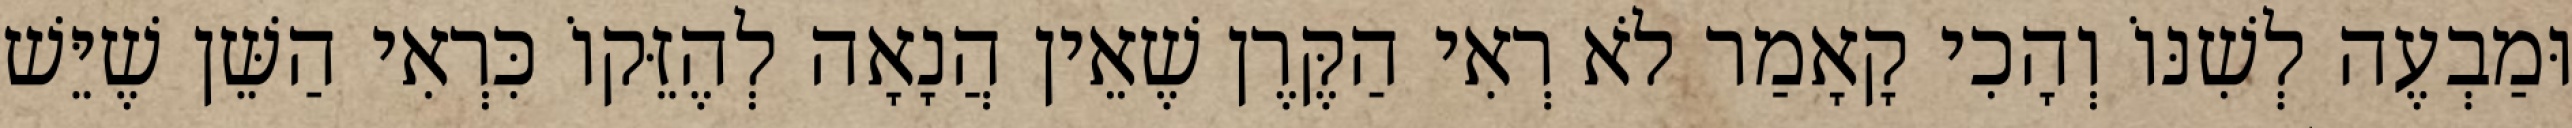
וּמַבְעֶה לְשִׁנּוֹ וְהָכִי קָאָמַר לֹא רְאִי הַקֶּרֶן שֶׁאֵין הֲנָאָה לְהֶזֵּקוֹ כִּרְאִי הַשֵּׁן שֶׁיֵּשׁ